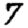
Digit: 7